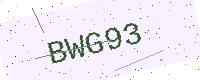
Text: BWG93